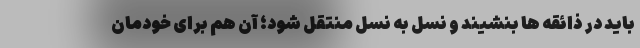
باید در ذائقه ها بنشیند و نسل به نسل منتقل شود؛ آن هم برای خودمان